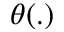
\theta ( . )